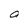
Character: 0